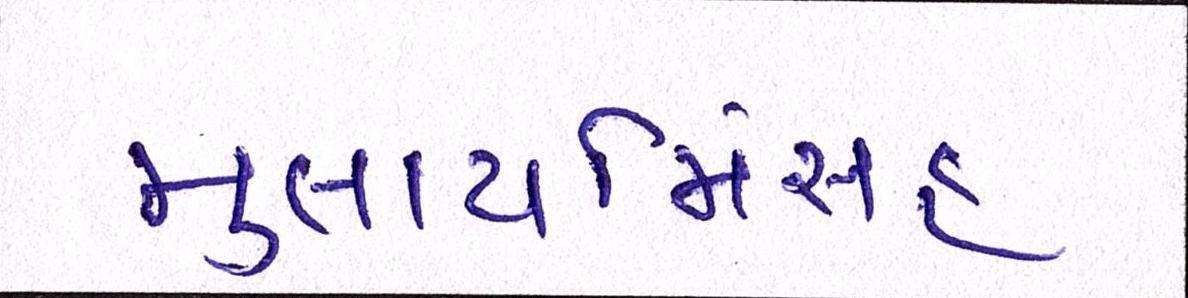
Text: મુલાયમિંસહ